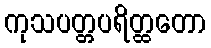
ကုသပတ္တပရိတ္ထတော